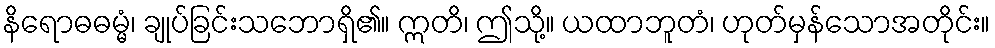
နိရောဓဓမ္မံ၊ ချုပ်ခြင်းသဘောရှိ၏။ ဣတိ၊ ဤသို့။ ယထာဘူတံ၊ ဟုတ်မှန်သောအတိုင်း။